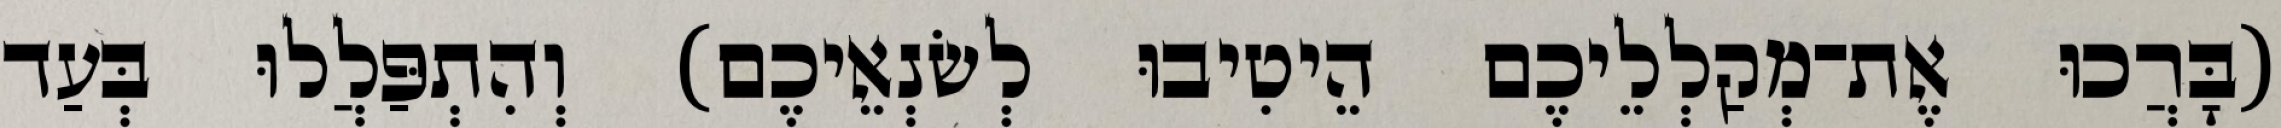
(בָּרֲכוּ אֶת־מְקַלְלֵיכֶם הֵיטִיבוּ לְשׂנְאֵיכֶם) וְהִתְפַּלֲלוּ בְּעַד